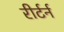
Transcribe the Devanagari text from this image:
रीर्टर्न